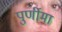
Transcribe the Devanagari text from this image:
पुर्णीमा